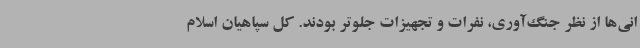
انی‌ها از نظر جنگ‌آوری، نفرات و تجهیزات جلوتر بودند. کل سپاهیان اسلام